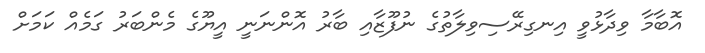
އޮބާމާ ވިދާޅުވީ އިނގިރޭސިވިލާތުގެ ނުފޫޒާއި ބާރު އޮންނަނީ އީޔޫގެ މެންބަރު ގަމެއް ކަމަށް